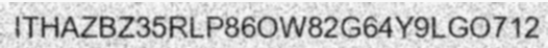
ITHAZBZ35RLP86OW82G64Y9LGO712